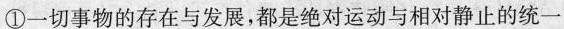
①一切事物的存在与发展，都是绝对运动与相对静止的统一